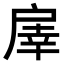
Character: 𢩓